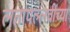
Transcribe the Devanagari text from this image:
लतापल्लवींच्या